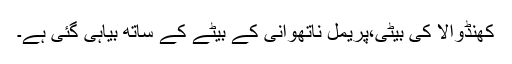
کھنڈوالا کی بیٹی،پریمل ناتھوانی کے بیٹے کے ساتھ بیاہی گئی ہے۔